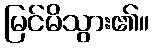
မြင်မိသွား၏။